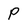
Character: P